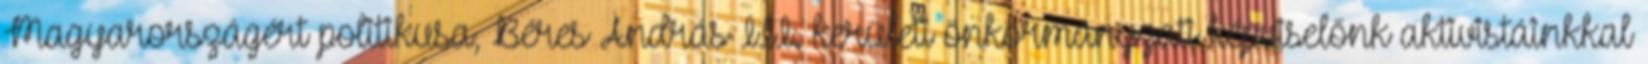
Magyarországért politikusa, Béres András III. kerületi önkormányzati képviselőnk aktivistáinkkal